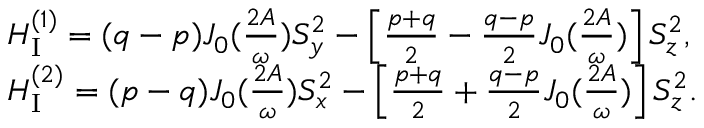
\begin{array} { r l } & { H _ { \mathrm { I } } ^ { ( 1 ) } = ( q - p ) J _ { 0 } ( \frac { 2 A } { \omega } ) S _ { y } ^ { 2 } - \left[ \frac { p + q } { 2 } - \frac { q - p } { 2 } J _ { 0 } ( \frac { 2 A } { \omega } ) \right] S _ { z } ^ { 2 } , } \\ & { H _ { \mathrm { I } } ^ { ( 2 ) } = ( p - q ) J _ { 0 } ( \frac { 2 A } { \omega } ) S _ { x } ^ { 2 } - \left[ \frac { p + q } { 2 } + \frac { q - p } { 2 } J _ { 0 } ( \frac { 2 A } { \omega } ) \right] S _ { z } ^ { 2 } . } \end{array}